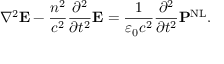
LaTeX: \nabla ^ { 2 } \mathbf { E } - { \frac { n ^ { 2 } } { c ^ { 2 } } } { \frac { \partial ^ { 2 } } { \partial t ^ { 2 } } } \mathbf { E } = { \frac { 1 } { \varepsilon _ { 0 } c ^ { 2 } } } { \frac { \partial ^ { 2 } } { \partial t ^ { 2 } } } \mathbf { P } ^ { \mathrm { N L } } .